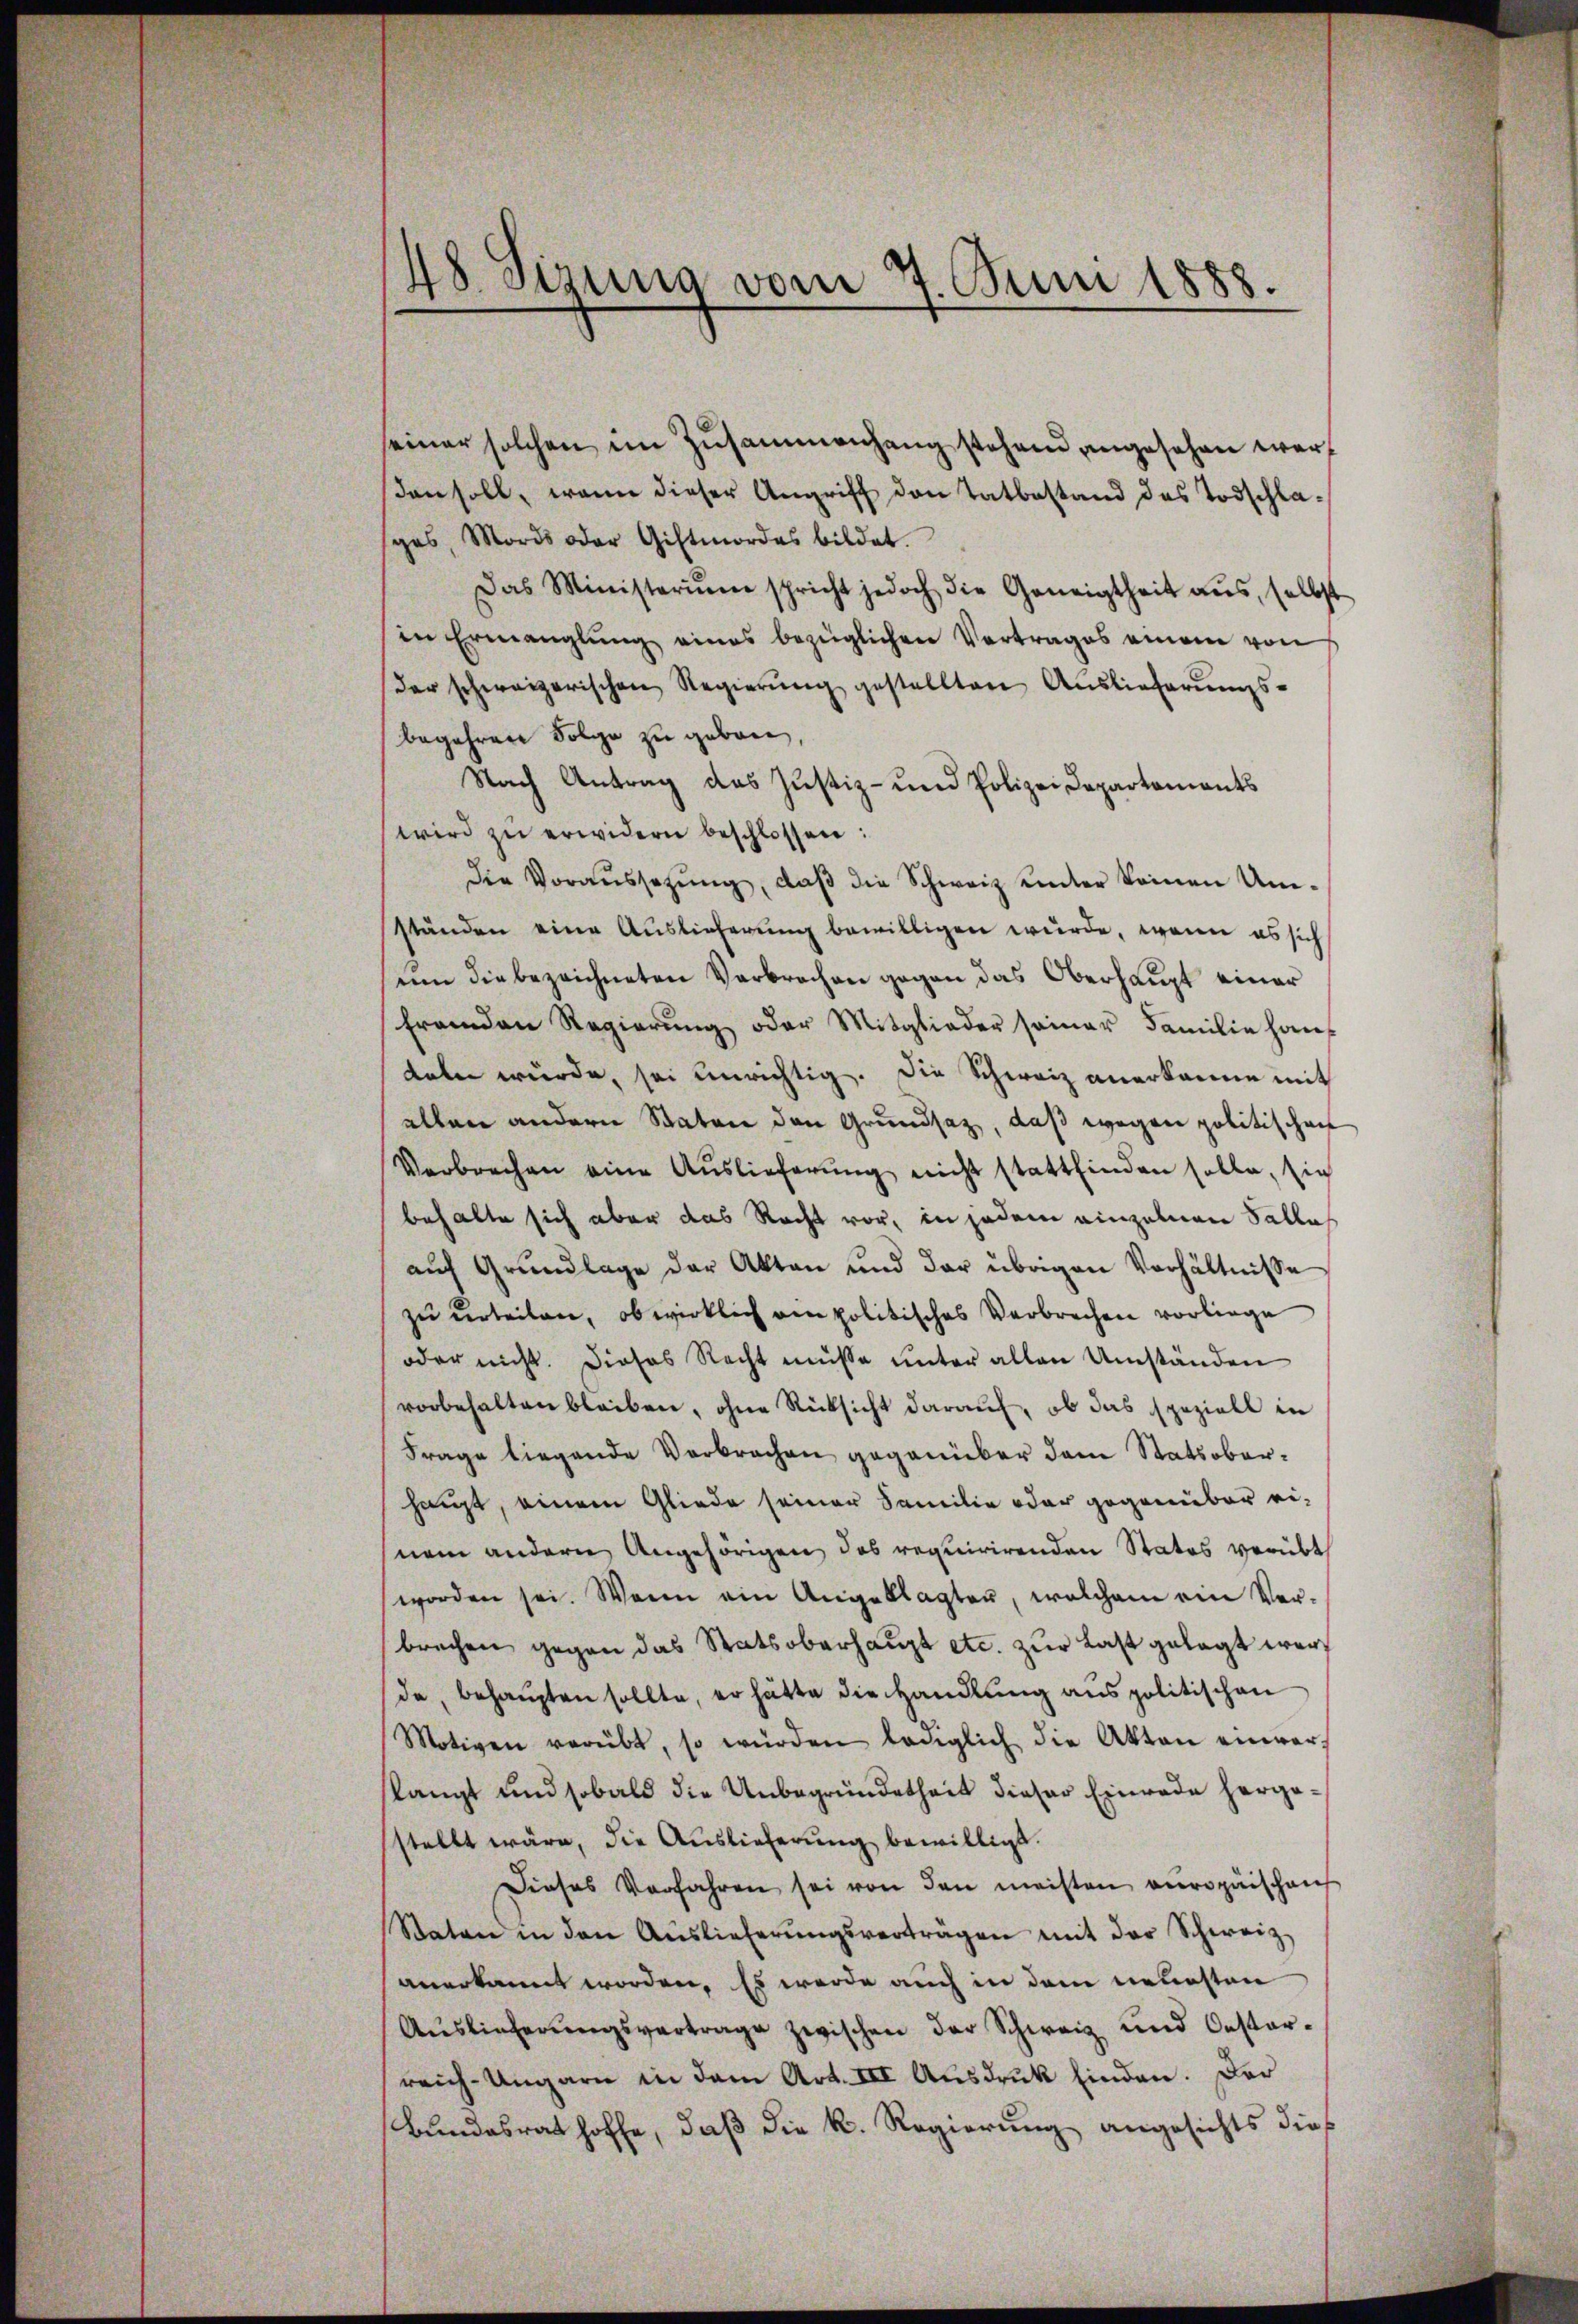
48. Sizung vom 7. Juni 1888.

seiner solchen im Zusammenhang stehend angesehen wersden soll, wenn dieser Angriff den Tatbestand des Todschlasgas, Mords oder Giftmordes bildet.
Das Ministeriŭm spricht jedoch die Geneigtheit aŭs, selbst
in Ermanglung eines bezüglichen Vertrages einem von
der schweizerischen Regierŭng gestellten Auslieferŭngs-
begehren Folge zu gebore
Nach Antrag das Justiz- und Polizei Departements
wird zŭ erwidern beschlossen:
die Voraŭssetzŭng, daβ die Schweiz unter keinen Um-
ständen eine Auslieferung bewilligen wurde, wenn es sich
um die bezeichneten Verbrechen gegen das Oberhaupt einer
fremden Regierŭng oder Mitglieder seiner Familie haus
deln würde, sei unrichtig. Die Schweiz anerkanne mit
ellen andern Staten den Grundsatz, daß wegen politischen
Verbrechen eine Auslieferŭng nicht stattfinden solle, sie
behalte sich aber das Recht vor, in jedem einzelnen Sallas
aŭf Grŭndlage der Akten und der übrigen Verhältnisse
zu urteilen, ob wirklich am politisches Verbrechen vorliege
oder nicht. Dieses Recht müsse ŭnter allen Umständen
vorbehalten bleiben, ohne Rücksicht darauf, ob das speziell in
Frage liegende Verbrochen gegenüber dem Statsoberhaupt, einem Gliede seiner Familie oder gegenüber einem andern Angehörigen das requirirenden Statos verübt
worden sei. Wenn ein Angeklagten, welchem ein Ver-
brechen gegen das Statsoberhaupt etc. zur Last gelegt werde, behaupten sollte, er hätte die Handlung aus politischen
Motiven verübt, so würden lediglich die Akten einver-
langt und sobald die Unbegründetheit dieser Einrade hergestellt wäre, die Auslieferung bewilligt.
Dieses Verfahren sei von den meisten europäischen
Staten in den Auslieferŭngsverträgen mit der Schweiz.
anerkannt worden. Es werde auch in dem neuesten
Auslieferŭngsvertrage zwischen der Schweiz und Oesterreich-Ungarn in dem Art. III Ausdruck finden. Der
Bundesrat hoffe, daß die k. Regierung angesichts dies